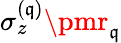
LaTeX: \sigma_{z}^{(\mathfrak{q})}\pmr_{\mathfrak{q}}